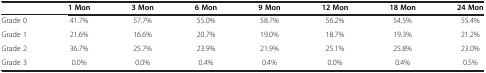
<table><thead><tr><td><b> </b></td><td><b>1 Mon</b></td><td><b>3 Mon</b></td><td><b>6 Mon</b></td><td><b>9 Mon</b></td><td><b>12 Mon</b></td><td><b>18 Mon</b></td><td><b>24 Mon</b></td></tr></thead><tbody><tr><td>Grade 0</td><td>41.7%</td><td>57.7%</td><td>55.0%</td><td>58.7%</td><td>56.2%</td><td>54.5%</td><td>55.4%</td></tr><tr><td>Grade 1</td><td>21.6%</td><td>16.6%</td><td>20.7%</td><td>19.0%</td><td>18.7%</td><td>19.3%</td><td>21.2%</td></tr><tr><td>Grade 2</td><td>36.7%</td><td>25.7%</td><td>23.9%</td><td>21.9%</td><td>25.1%</td><td>25.8%</td><td>23.0%</td></tr><tr><td>Grade 3</td><td>0.0%</td><td>0.0%</td><td>0.4%</td><td>0.4%</td><td>0.0%</td><td>0.4%</td><td>0.5%</td></tr></tbody></table>